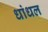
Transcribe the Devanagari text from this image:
धांधल